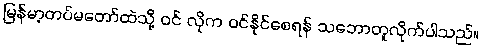
မြန်မာ့တပ်မတော်ထဲသို့ ဝင် လိုက ဝင်နိုင်စေရန် သဘောတူလိုက်ပါသည်။